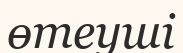
өтеуші